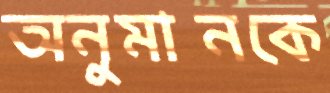
অনুমানকে